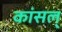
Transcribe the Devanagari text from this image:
कांसल्